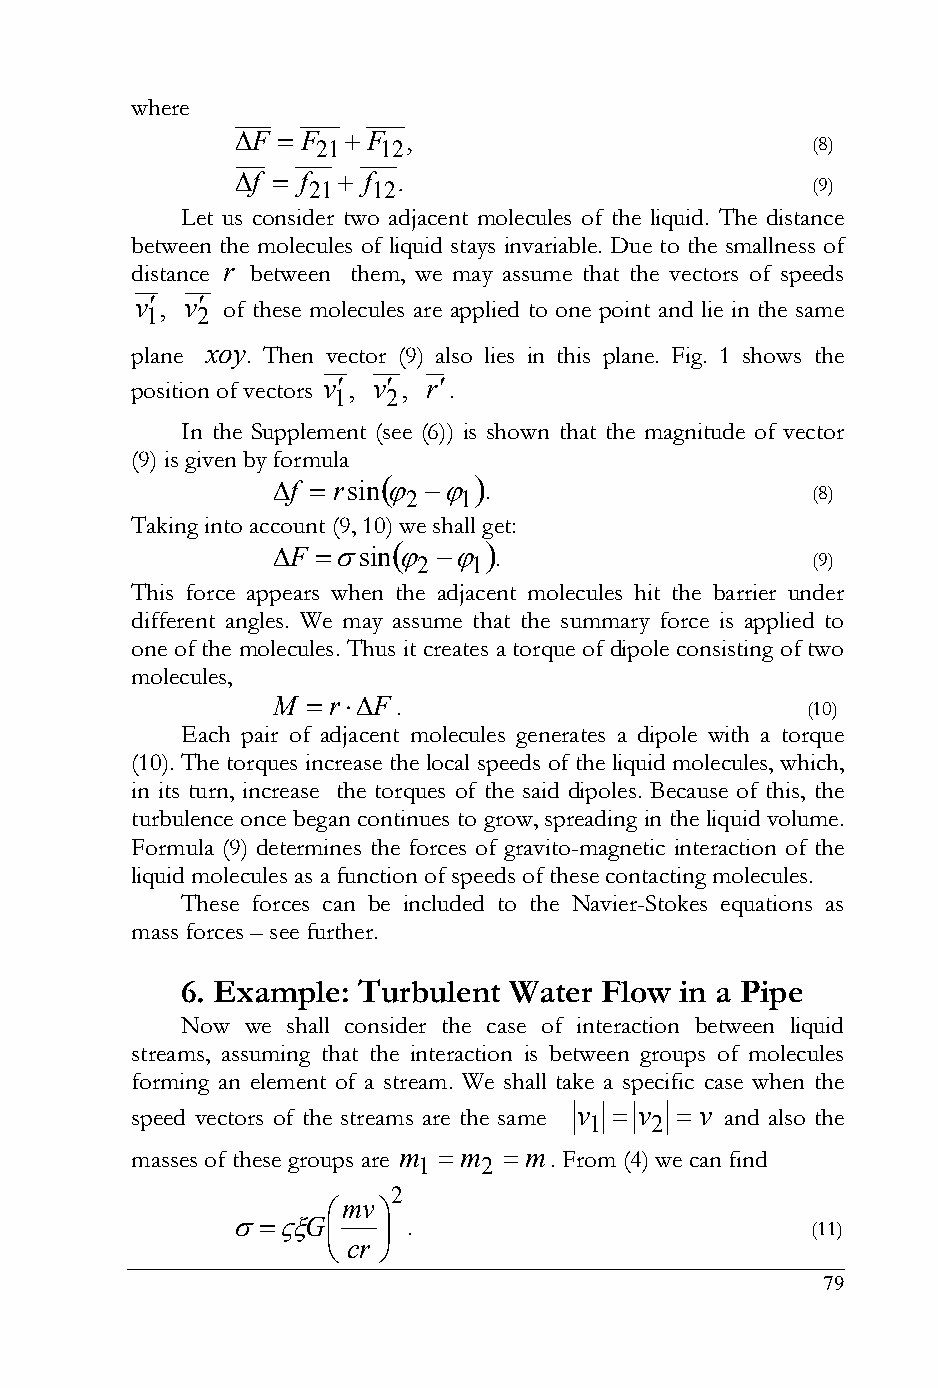
where
 F  F F  ,
 21  12                           (8)
 f  f  f .
 21   12                           (9)
 Let us consider two adjacent molecules of the liquid. The distance
 between the molecules of liquid stays invariable. Due to the smallness of
 distance r between them, we may assume that the vectors of speeds
 v 1, v 2 of these molecules are applied to one point and lie in the same
 plane xoy. Then vector (9) also lies in this plane. Fig. 1 shows the
 position of vectors v 1, v 2 , r.
 In the Supplement (see (6)) is shown that the magnitude of vector
 (9) is given by formula
 f  rsin  
 2  1 .                     (8)
 Taking into account (9, 10) we shall get:
 F sin  
 2  1 .                    (9)
 This force appears when the adjacent molecules hit the barrier under
 different angles. We may assume that the summary force is applied to
 one of the molecules. Thus it creates a torque of dipole consisting of two
 molecules,
 M  rF
 .                          (10)
 Each pair of adjacent molecules generates a dipole with a torque
 (10). The torques increase the local speeds of the liquid molecules, which,
 in its turn, increase the torques of the said dipoles. Because of this, the
 turbulence once began continues to grow, spreading in the liquid volume.
 Formula (9) determines the forces of gravito-magnetic interaction of the
 liquid molecules as a function of speeds of these contacting molecules.
 These forces can be included to the Navier-Stokes equations as
 mass forces – see further.
 6. Example: Turbulent Water Flow in a Pipe
 Now we shall consider the case of interaction between liquid
 streams, assuming that the interaction is between groups of molecules
 forming an element of a stream. We shall take a specific case when the
 speed vectors of the streams are the same v 1  v 2  v and also the
 masses of these groups are m 1  m 2  m. From (4) we can find
 2
 mv
 G     .                          (11)
  cr 
 79